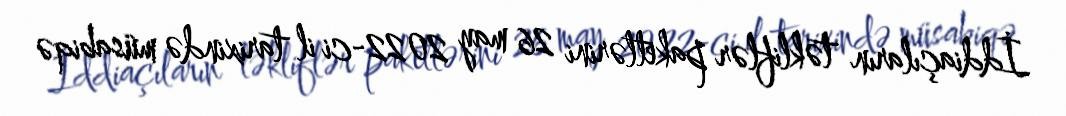
İddiaçıların təkliflər paketlərini 26 may 2022-ci il tarixində müsabiqə